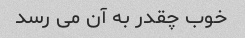
خوب چقدر به آن می رسد